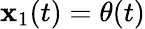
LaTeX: \mathbf{x}_{1}(t)=\theta(t)